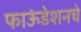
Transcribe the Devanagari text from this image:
फाऊंडेशनचे